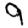
Digit: 9